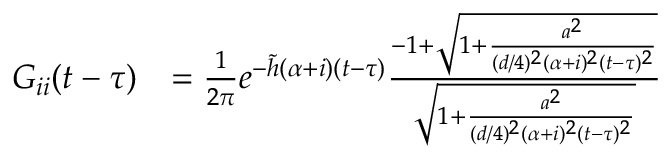
\begin{array} { r l } { G _ { i i } ( t - \tau ) } & { = \frac { 1 } { 2 \pi } e ^ { - \tilde { h } ( \alpha + i ) ( t - \tau ) } \frac { - 1 + \sqrt { 1 + \frac { a ^ { 2 } } { ( d / 4 ) ^ { 2 } ( \alpha + i ) ^ { 2 } ( t - \tau ) ^ { 2 } } } } { \sqrt { 1 + \frac { a ^ { 2 } } { ( d / 4 ) ^ { 2 } ( \alpha + i ) ^ { 2 } ( t - \tau ) ^ { 2 } } } } } \end{array}